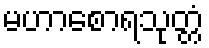
မဟာစောရသုတ္တံ